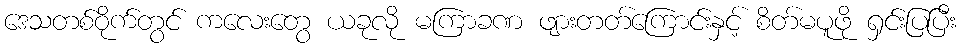
ဒေသတစ်ဝိုက်တွင် ကလေးတွေ ယခုလို မကြာခဏ ဖျားတတ်ကြောင်းနှင့် စိတ်မပူဖို ရှင်းပြပြီး